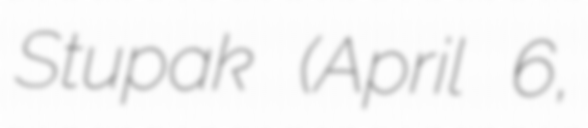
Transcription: Stupak (April 6,